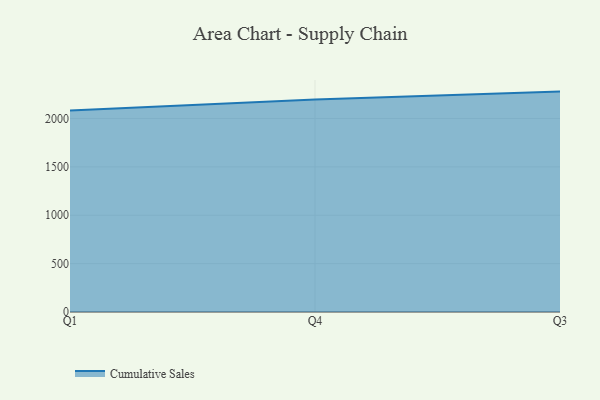
{"axis": {"x": "Quarter", "y": "Conversion Rate (%)"}, "legend": ["Cumulative Sales"], "data": [{"x": "Q1", "y": 2082.5, "type": "Cumulative Sales"}, {"x": "Q4", "y": 2196.9, "type": "Cumulative Sales"}, {"x": "Q3", "y": 2277.8, "type": "Cumulative Sales"}]}